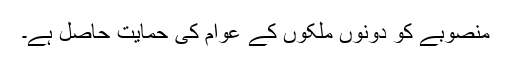
منصوبے کو دونوں ملکوں کے عوام کی حمایت حاصل ہے۔